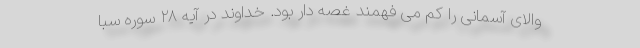
والای آسمانی را کم می فهمند غصه دار بود. خداوند در آیه ۲۸ سوره سبا